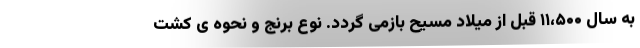
به سال ۱۱،۵۰۰ قبل از میلاد مسیح بازمی گردد. نوع برنج و نحوه ی کشت